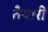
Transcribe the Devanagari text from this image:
तैेयारी